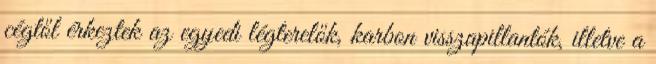
cégtől érkeztek az egyedi légterelők, karbon visszapillantók, illetve a